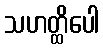
သဟတ္ထိပေါ